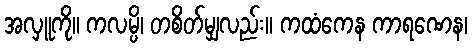
အလှူကို။ ကလမ္ပိ၊ တစိတ်မျှလည်း။ ကထံကေန ကာရဏေန၊